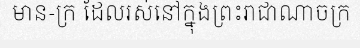
មាន-ក្រ ដែលរស់នៅក្នុងព្រះរាជាណាចក្រ